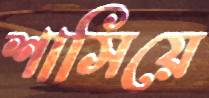
শাসিয়ে